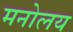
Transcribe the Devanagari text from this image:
मनोलय